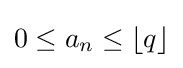
0\leq a_{n}\leq \lfloor q\rfloor